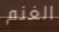
الغنم